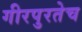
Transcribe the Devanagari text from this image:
गीरपुरतेच